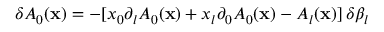
\delta A _ { 0 } ( { \bf x } ) = - [ x _ { 0 } \partial _ { l } A _ { 0 } ( { \bf x } ) + x _ { l } \partial _ { 0 } A _ { 0 } ( { \bf x } ) - A _ { l } ( { \bf x } ) ] \, \delta \beta _ { l }